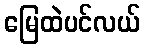
မြေထဲပင်လယ်